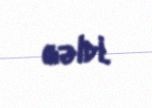
gəldi.